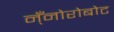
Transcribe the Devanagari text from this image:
न्ँनोरोबोट